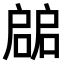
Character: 𢩙